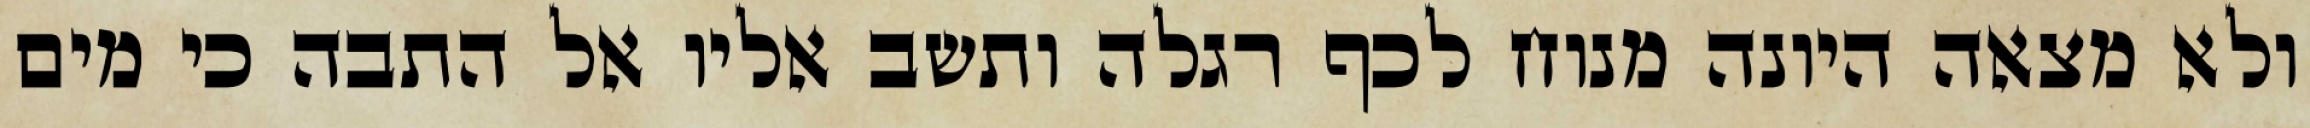
ולא מצאה היונה מנוח לכף רגלה ותשב אליו אל התבה כי מים